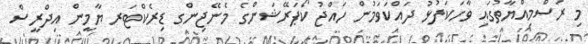
މި ރަސްމިއްޔާތުގައި ވާހަކަފުޅު ދައްކަވަމުން ހައްޖު ކޯޕަރޭޝަންގެ މެނޭޖިންގ ޑިރެކްޓަރ ޔާމީން އިދްރީސް